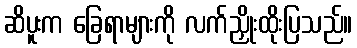
ဆိပူးက ခြေရာများကို လက်ညှိုးထိုးပြသည်။